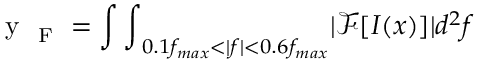
\mathrm { ~ y ~ } _ { \mathrm { ~ F ~ } } = { \int \int } _ { 0 . 1 f _ { m a x } < | f | < 0 . 6 f _ { m a x } } | \mathcal { F } [ I ( x ) ] | d ^ { 2 } f